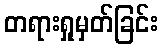
တရားရှုမှတ်ခြင်း